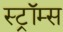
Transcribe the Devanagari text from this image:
स्ट्रॉम्स